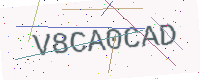
Text: V8CA0CAD